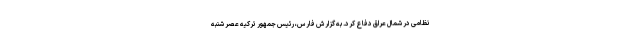
نظامی در شمال عراق دفاع کرد. به گزارش فارس، رئیس جمهور ترکیه عصر شنبه